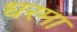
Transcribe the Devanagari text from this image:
धरमा